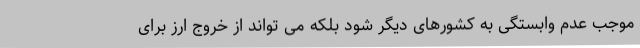
موجب عدم وابستگی به کشورهای دیگر شود بلکه می تواند از خروج ارز برای